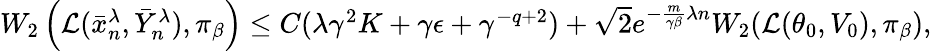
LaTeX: \begin{array}{r}{W_{2}\left(\mathcal{L}(\bar{x}_{n}^{\lambda},\bar{Y}_{n}^{\lambda}),\pi_{\beta}\right)\leq C(\lambda\gamma^{2}K+\gamma\epsilon+\gamma^{-{q}+2})+\sqrt{2}e^{-\frac{m}{\gamma\beta}\lambda n}W_{2}(\mathcal{L}(\theta_{0},V_{0}),\pi_{\beta}),}\end{array}